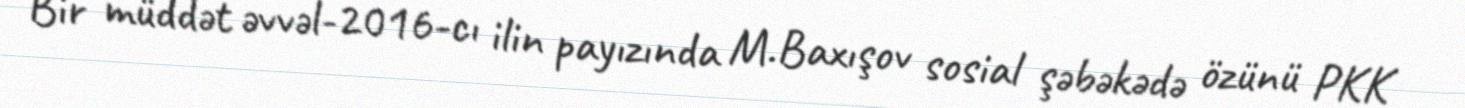
Bir müddət əvvəl-2016-cı ilin payızında M.Baxışov sosial şəbəkədə özünü PKK